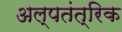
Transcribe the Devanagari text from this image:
अल्पतंत्रिक